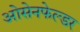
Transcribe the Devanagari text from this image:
ओसेनफेल्डर